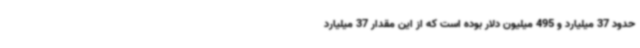
حدود 37 میلیارد و 495 میلیون دلار بوده است که از این مقدار 37 میلیارد